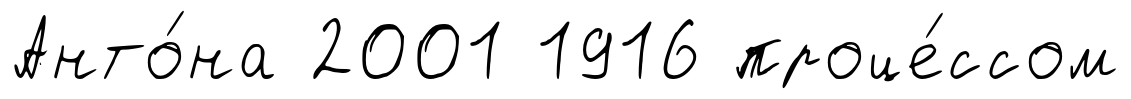
Анто́на 2001 1916 проце́ссом